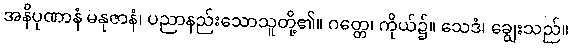
အနိပုဏာနံ မနုဇာနံ၊ ပညာနည်းသောသူတို့၏။ ဂတ္တေ၊ ကိုယ်၌။ သေဒံ၊ ချွေးသည်။